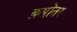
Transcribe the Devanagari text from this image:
क़पॊतर